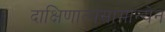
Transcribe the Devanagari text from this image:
दाक्षिणात्यसामान्येन